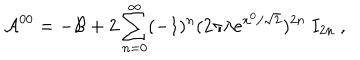
LaTeX: { \cal A } ^ { 0 0 } = - { \cal B } + 2 \sum _ { n = 0 } ^ { \infty } ( - 1 ) ^ { n } ( 2 \pi \lambda e ^ { x ^ { 0 } / \sqrt { 2 } } ) ^ { 2 n } ~ I _ { 2 n } ~ ,